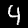
Digit: 4